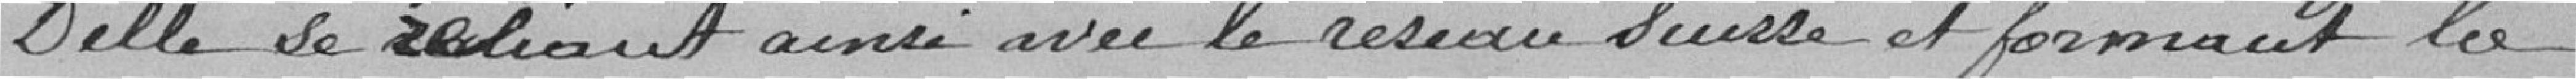
Delle se reliant ainsi avec le réseau suisse et formant la